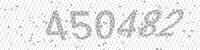
Solution: 450482